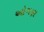
ઓગણ